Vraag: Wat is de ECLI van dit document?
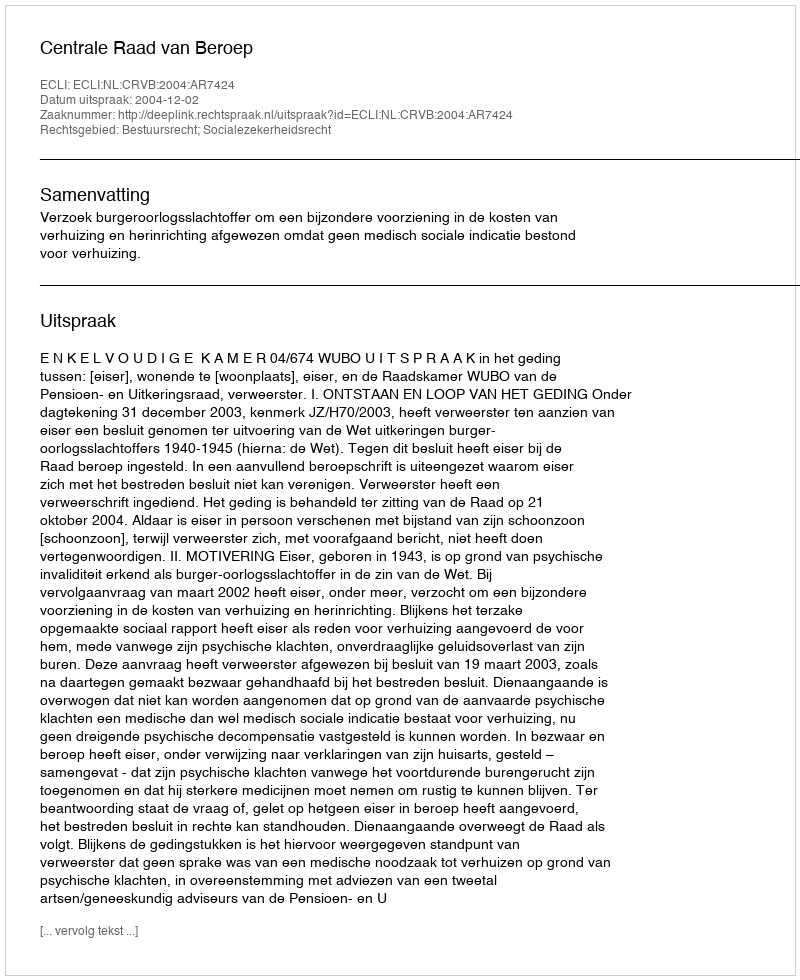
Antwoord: ECLI:NL:CRVB:2004:AR7424